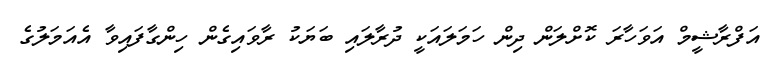
އަފްރާޝީމް އަވަހާރަ ކޮށްލަން ދިން ހަމަލައަކީ ދުރާލައި ބަޔަކު ރާވައިގެން ހިންގާފައިވާ އެއަމަލުގެ